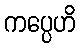
ကပ္ပေဟိ